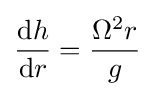
{\frac {\mathrm {d} h}{\mathrm {d} r}}={\frac {\Omega ^{2}r}{g}}\